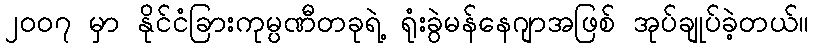
၂၀၀၇ မှာ နိုင်ငံခြားကုမ္ပဏီတခုရဲ့ ရုံးခွဲမန်နေဂျာအဖြစ် အုပ်ချုပ်ခဲ့တယ်။